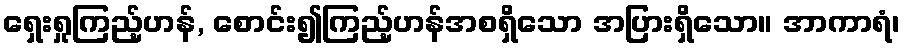
ရှေးရှုကြည့်ဟန်, စောင်း၍ကြည့်ဟန်အစရှိသော အပြားရှိသော။ အာကာရံ၊